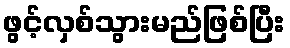
ဖွင့်လှစ်သွားမည်ဖြစ်ပြီး